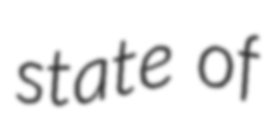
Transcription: state of